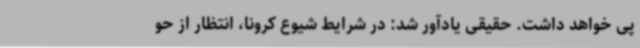
پی خواهد داشت. حقیقی یادآور شد: در شرایط شیوع کرونا، انتظار از حو